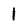
Character: 1